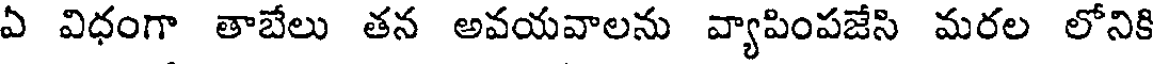
ఏ విధంగా తాబేలు తన అవయవాలను వ్యాపింపజేసి మరల లోనికి